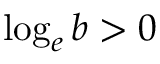
\log _ { e } b > 0